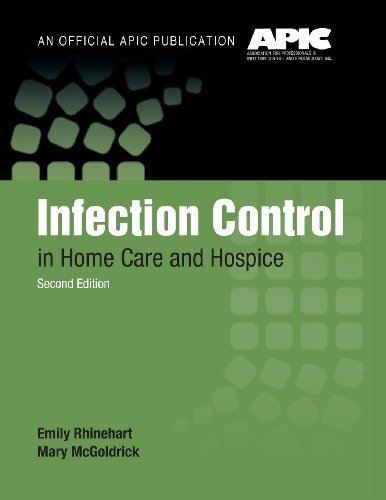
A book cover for Infection Control In Home Care And Hospice; Emily Rhinehart; Medical Books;